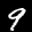
Label: 9